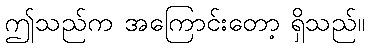
ဤသည်က အကြောင်းတော့ ရှိသည်။